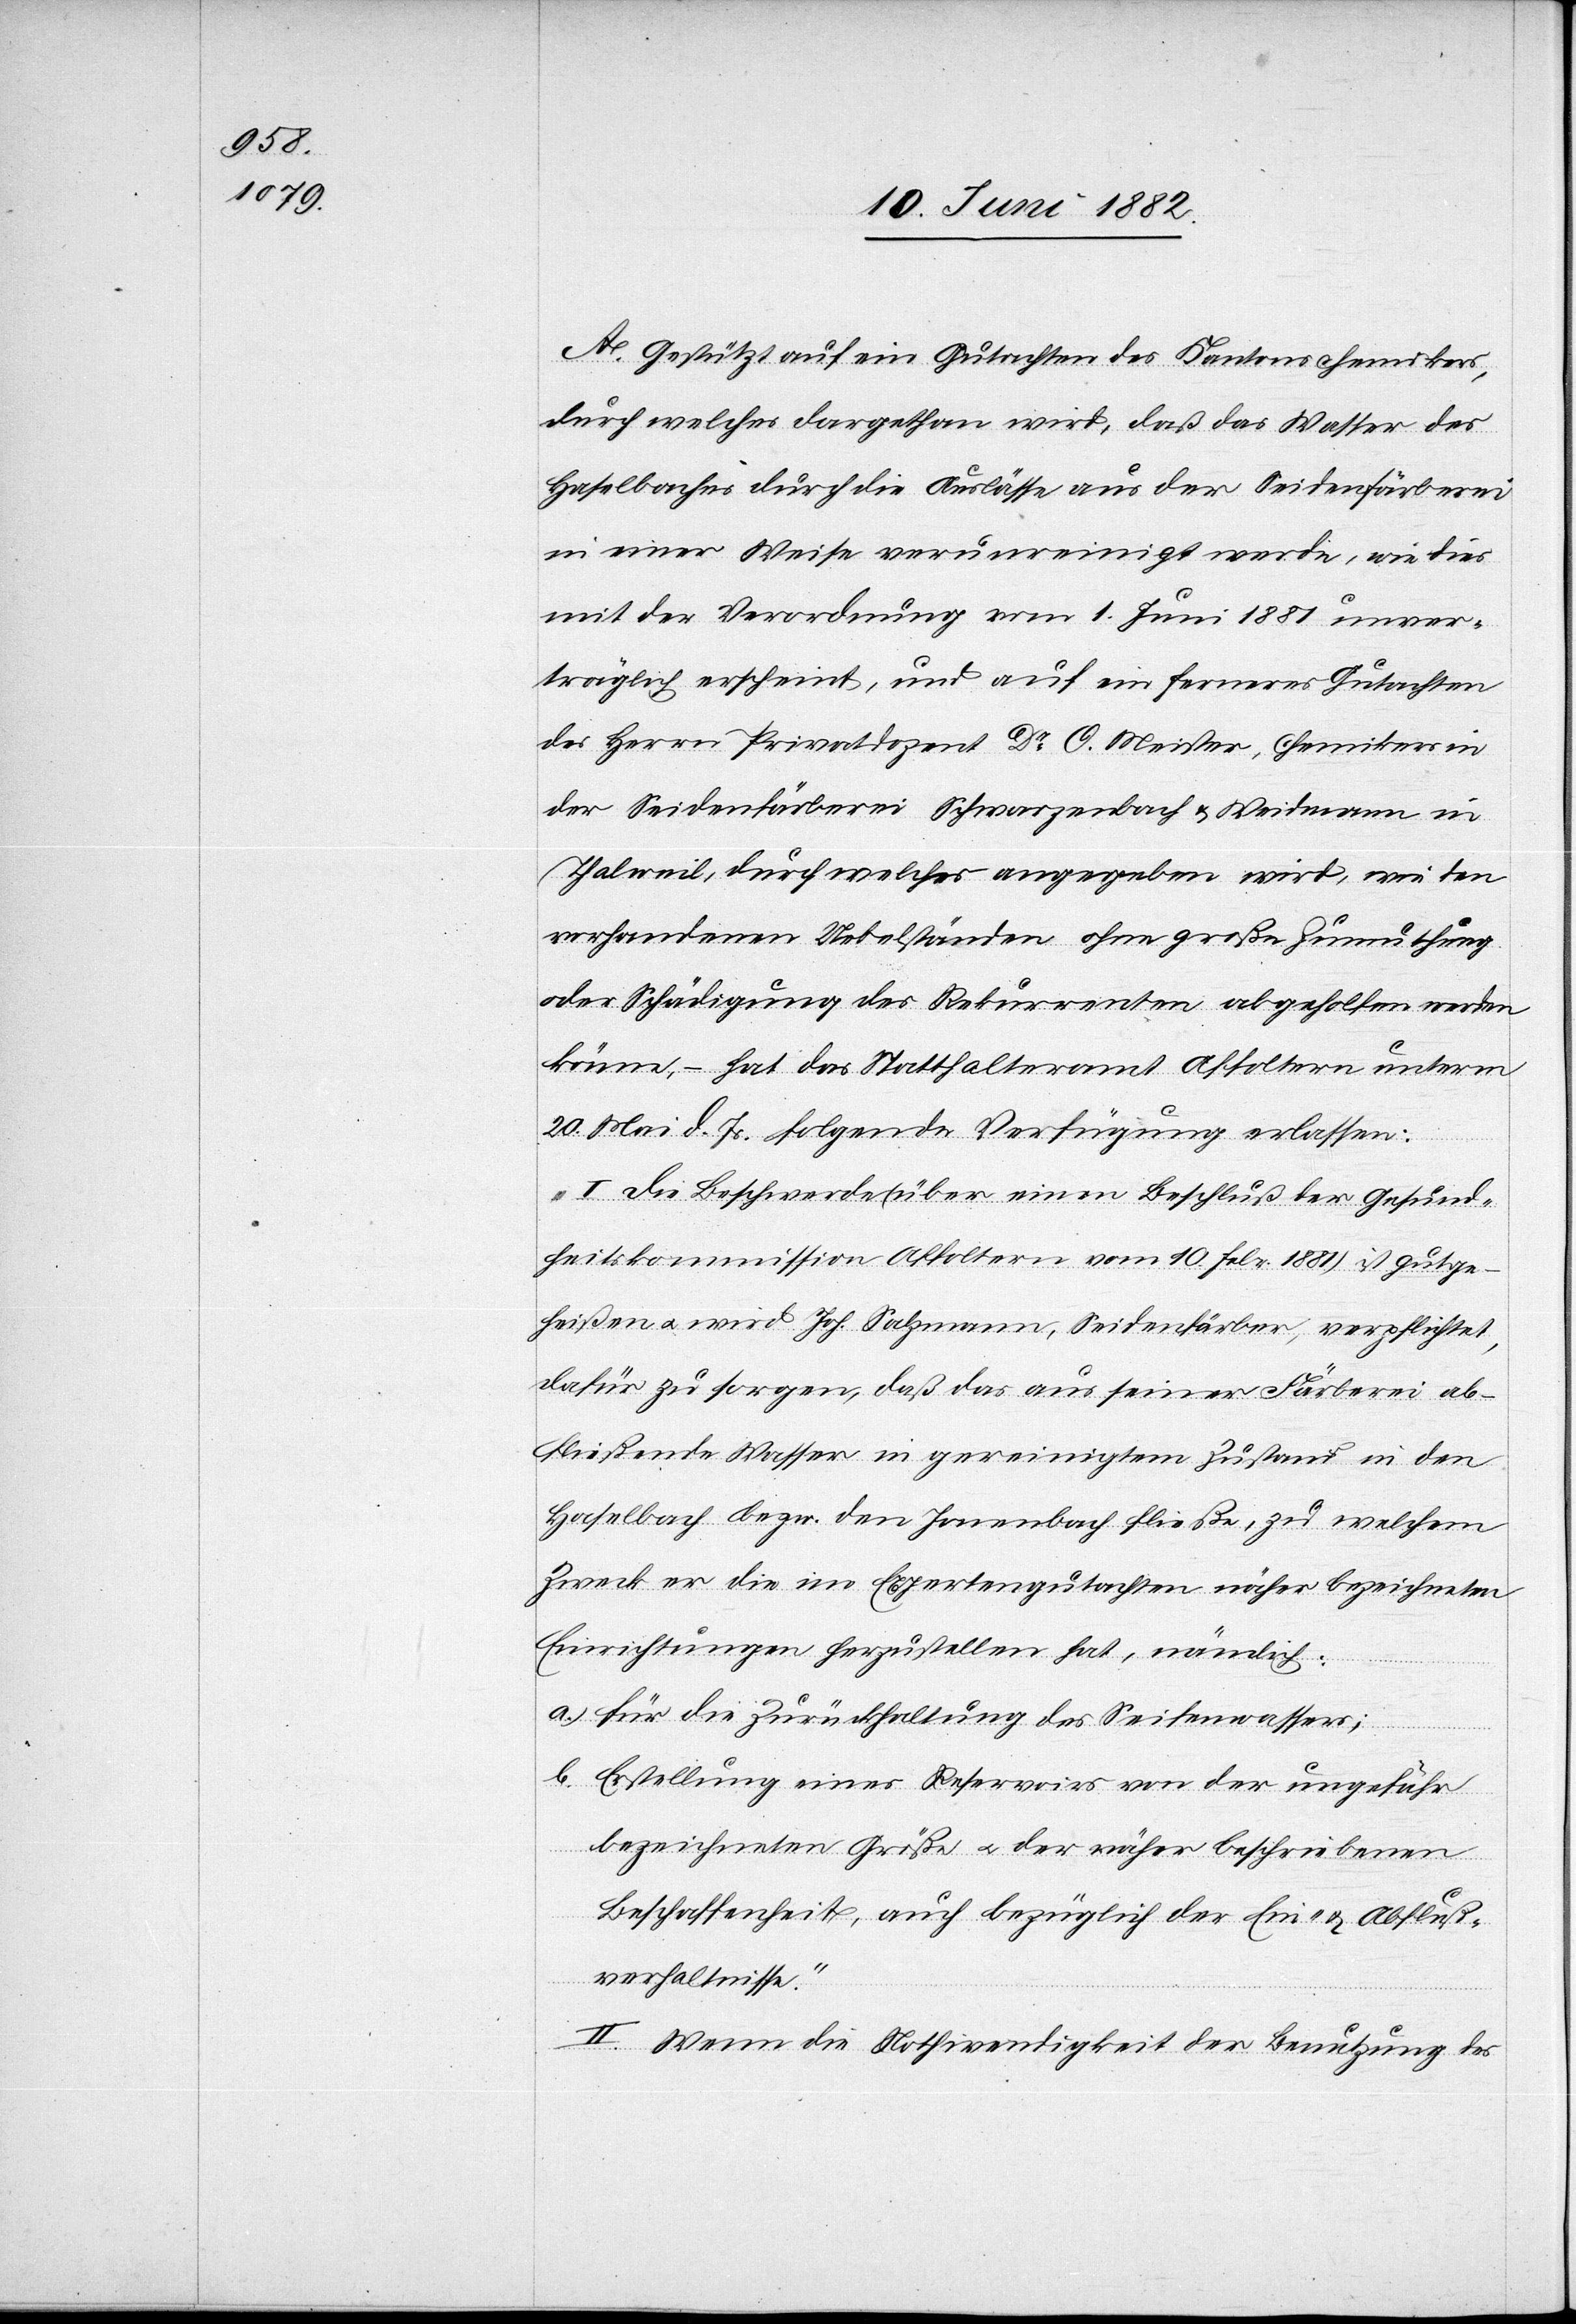
A. Gestützt auf ein Gutachten des Kantonschemikers,
durch welches dargethan wird, daß das Wasser des
Haselbaches durch die Auslässe aus der Seidenfärberei
in einer Weise verunreinigt werde, wie dies
mit der Verordnung vom 1. Juni 1881 unver¬
träglich erscheint, und auf ein ferneres Gutachten
des Herrn Privatdozent Dr O. Meister, Chemiker in
der Seidenfärberei Schwarzenbach & Weidmann in
Thalweil, durch welches angegeben wird, wie den
vorhandenen Uebelständen ohne große Zumuthung
oder Schädigung des Rekurrenten abgeholfen werden
kann, – hat das Statthalteramt Affoltern unterm
20. Mai d. Js. folgende Verfügung erlassen:
„I. Die Beschwerde (über einen Beschluß der Gesund¬
heitskommission Affoltern vom 10. Febr. 1881) ist gutge¬
heißen u. wird Joh. Salzmann, Seidenfärber, verpflichtet,
dafür zu sorgen, daß das aus seiner Färberei ab¬
fließende Wasser in gereinigtem Zustand in den
Haselbach bezw. den Jonenbach fließe, zu welchem
Zweck er die im Expertengutachten näher bezeichneten
Einrichtungen herzustellen hat, nämlich:
a. für die Zurückhaltung des Seifenwassers;
b. Erstellung eines Reservoirs von der ungefähr
bezeichneten Größe u. der näher beschriebenen
Beschaffenheit, auch bezüglich der Ein- u. Abfluß¬
verhältnisse.
II. Wenn die Nothwendigkeit der Benutzung des